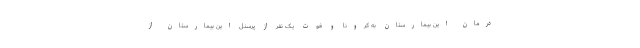
درمان این بیمارستان به کرونا و فوت یک نفر از پرسنل این بیمارستان از